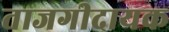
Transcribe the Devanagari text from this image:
ताजगीदायक